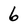
Character: 6